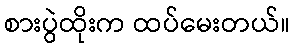
စားပွဲထိုးက ထပ်မေးတယ်။